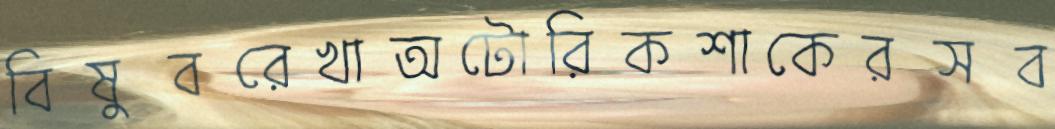
বিষুবরেখাঅটোরিকশাকেরসব